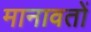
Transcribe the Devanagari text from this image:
मानावतों